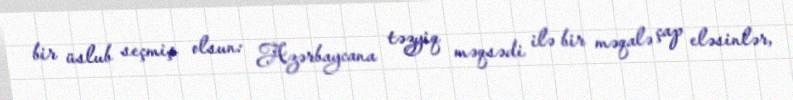
bir üslub seçmiş olsun: Azərbaycana təzyiq məqsədi ilə bir məqalə çap eləsinlər,